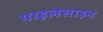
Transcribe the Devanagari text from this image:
थाइलेसाइन